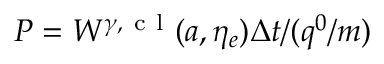
P = W ^ { \gamma , \mathrm { ~ c ~ l ~ } } ( a , \eta _ { e } ) \Delta t / ( q ^ { 0 } / m )